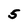
Character: 5